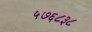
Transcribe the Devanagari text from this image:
५७६८३८